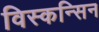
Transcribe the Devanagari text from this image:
विस्कन्सिन